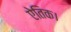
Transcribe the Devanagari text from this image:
ऐतिक।